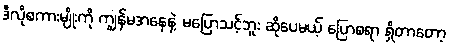
ဒီလိုစကားမျိုးကို ကျွန်မအနေနဲ့ မပြောသင့်ဘူး ဆိုပေမယ့် ပြောစရာ ရှိတာတော့